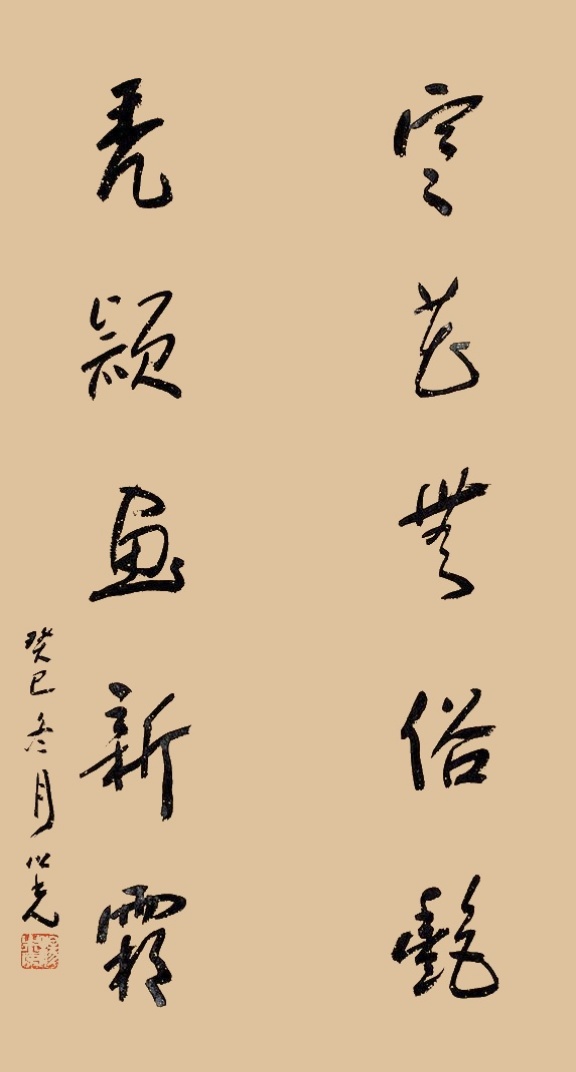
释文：寒花无俗艳，秃颖画新霜。癸巳冬月之光。